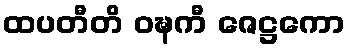
ထပတီတိ ဝဍ္ဎကီ ဇေဋ္ဌကော